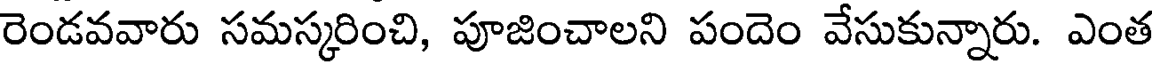
రెండవవారు సమస్కరించి, పూజించాలని పందెం వేసుకున్నారు. ఎంత